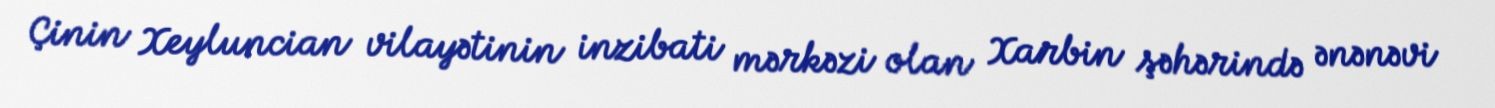
Çinin Xeyluncian vilayətinin inzibati mərkəzi olan Xarbin şəhərində ənənəvi